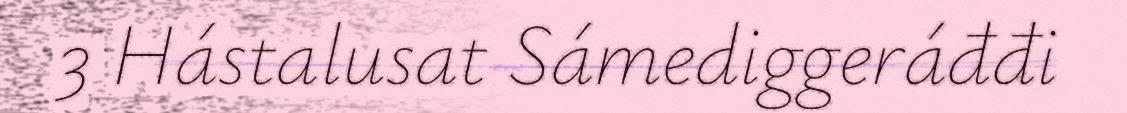
3 Hástalusat Sámediggeráđđi